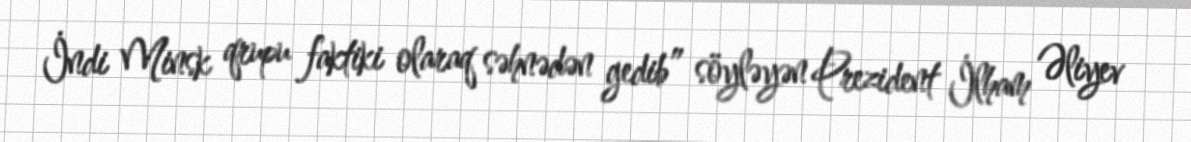
İndi Minsk qrupu faktiki olaraq səhnədən gedib” söyləyən Prezident İlham Əliyev